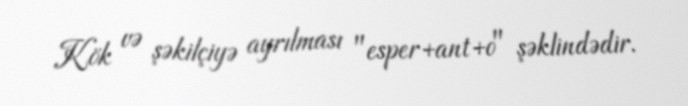
Kök və şəkilçiyə ayrılması "esper+ant+o" şəklindədir.